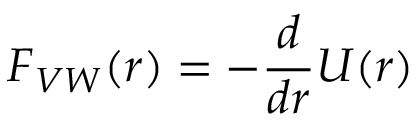
\ F _ { V W } ( r ) = - { \frac { d } { d r } } U ( r )